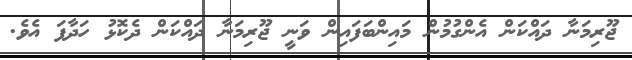
ޖޫރިމަނާ ދައްކަން އެންގުމުން މައިންބަފައިން ވަނީ ޖޫރިމަނާ ދައްކަން ދެކޮޅު ހަދާފަ އެވެ.